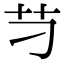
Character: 䒒